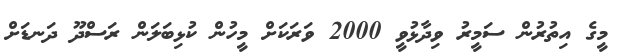
މީގެ އިތުރުން ސަމީރު ވިދާޅުވީ 2000 ވަރަކަށް މީހުން ކުޅިބަލަން ރަސްދޫ ދަނޑަށް